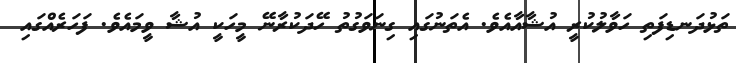
ތަޅުދަނޑިފަތި ހަވާލުކުރީ އުޝާއާއެވެ. އެތަނުގައި ގިނަވަގުތު ހޭދަކުރާނޭ މީހަކީ އުޝާ ވީމައެވެ. ފަހަރެއްގައި